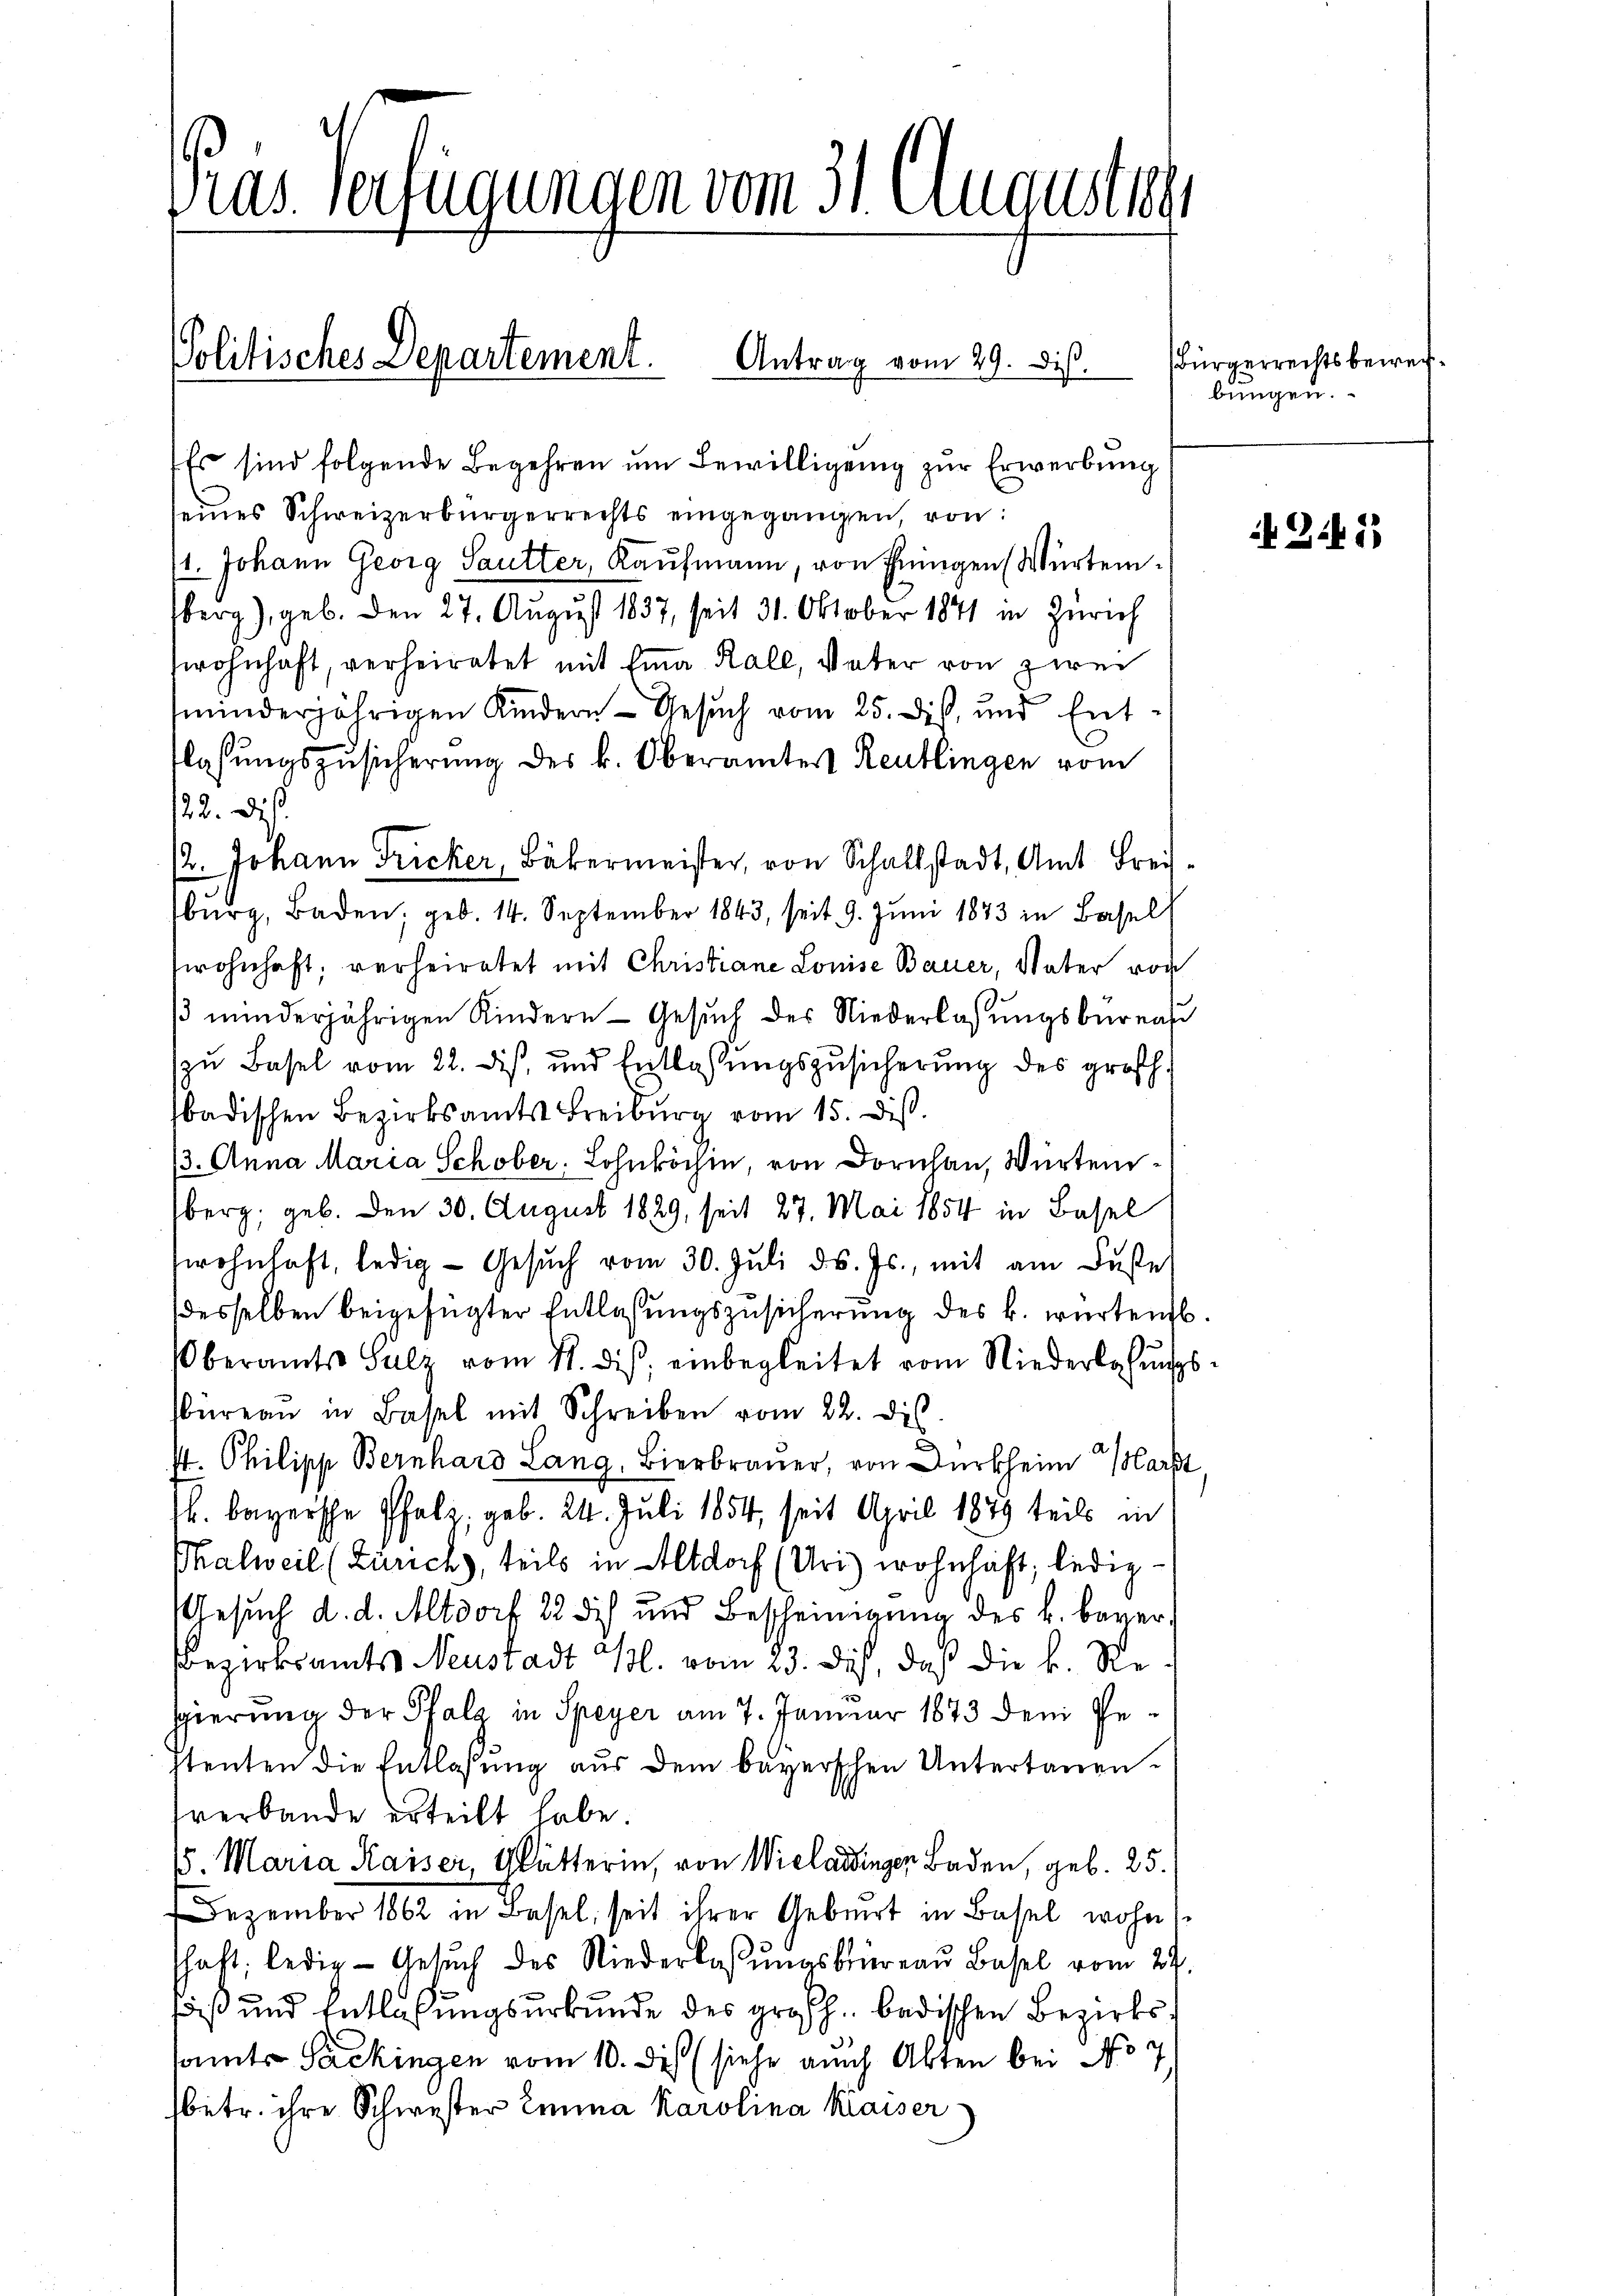
Pras Verfügungen vom 31. Augusten

Politisches Departement. Antrag vom 29. dieß.

Es sind folgende Begehren um Bewilligung zur Erwerbung
seines Schweizerbürgerrechts eingegangen, von:
11. Johann Georg Sautter, Kaufmann, von Einigen (Würtemerg), geb. Den 27. August 1837, seit 31. Oktober 1841 in Zürich
wohnhaft, verheiratet mit Eina Kale, Vater von zwei
minderjährigen Kindern - Gesuch vom 25. Dist, und Entlasungszusicherung des k. Oberämter Reutlingen vom
122. Dieß
12. Johann Fricker, Bäkermeister, von Schalstadt, Amt Frei
burg, Baden, geb. 14. September 1843, seit 9. Juni 1873 in Basel
wohnhaft; verheiratet mit Christiane Louise Bauer, Vater von
 minderjährigen Kindern Gesŭch des Niederlassŭngsbureau
zŭ Basel vom 22. dis, und Entlassŭngszusicherŭng des großh.
badischen Bezirksamts Freiburg vom 15. Dis
13. Anna Maria Schober. Lohnköchen, von Dorn, Würtemberg, geb. Den 30. August 1829, seit 27. Mai 1854 in Basel
wohnhaft, ledig- Gesŭch vom 30. Jŭli d. Js., mit am Fuße
desselben beigefügter Entlassungszusicherung des k. wartend.
Oberamts Salz vom 11. diβ einbegleitet vom Niederlosungsbüreaŭ in Basel mit Schreiben vom 22. dis
st. Philipp Bernhard Lang, Bierbrauer, von Dürkheim Mart
k. bayerische Pfalz, geb. 24. Juli 1854, seit April 1879 teils in
Thalweil (Zürich, teils in Altdorf (Uri) wohnhaft, ledig¬
Gesuch d. d. Altdorf 28 dich und Bescheinigung des k. baver¬
Bezirksamts Neustadt Bl. vom 23. Des, daß die k. Regierung der Pfala in Speyer am 7. Januar 1873 dem Gestenten die Entlassung aus dem bayerschen Untertanen-
verbande erteilt habe.
15. Maria Kaiser, Glätterin, von Wielaidingen Baden, geb. 25.
Dezember 1862 in Basel, seit ihrer Gebiert in Basel wohn
schaft, ledig - Gesuch des Niederlassŭngsbüreau Basel vom 24.
fäß und Entlaßungsurkunde des großh. badischen Bezirkssamts Packingen vom 10. Des (siehe auch Akten bei No 7
sbetr. ihre Schwester Emma Karolina Kaiser

Bürgerrechtsbeweibungen.

Z. 1